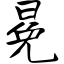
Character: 冕